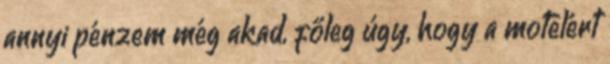
annyi pénzem még akad, főleg úgy, hogy a motelért